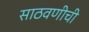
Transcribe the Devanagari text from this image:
साठवणीची